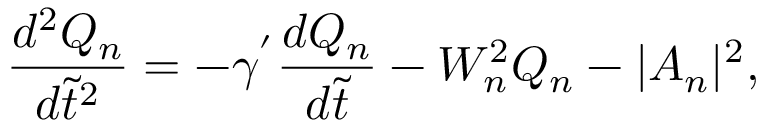
\frac { d ^ { 2 } Q _ { n } } { d \tilde { t } ^ { 2 } } = - \gamma ^ { ' } \frac { d Q _ { n } } { d \tilde { t } } - W _ { n } ^ { 2 } Q _ { n } - | A _ { n } | ^ { 2 } ,